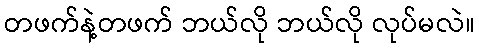
တဖက်နဲ့တဖက် ဘယ်လို ဘယ်လို လုပ်မလဲ။